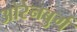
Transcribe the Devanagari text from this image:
ओरेनबुर्ग